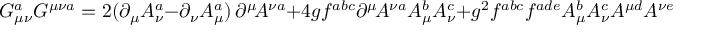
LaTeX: G _ { \mu \nu } ^ { a } G ^ { \mu \nu a } = 2 ( \partial _ { \mu } A _ { \nu } ^ { a } - \partial _ { \nu } A _ { \mu } ^ { a } ) \, \partial ^ { \mu } \! A ^ { \nu a } + 4 g f ^ { a b c } \partial ^ { \mu } \! A ^ { \nu a } A _ { \mu } ^ { b } A _ { \nu } ^ { c } + g ^ { 2 } f ^ { a b c } f ^ { a d e } A _ { \mu } ^ { b } A _ { \nu } ^ { c } A ^ { \mu d } A ^ { \nu e } \ ,